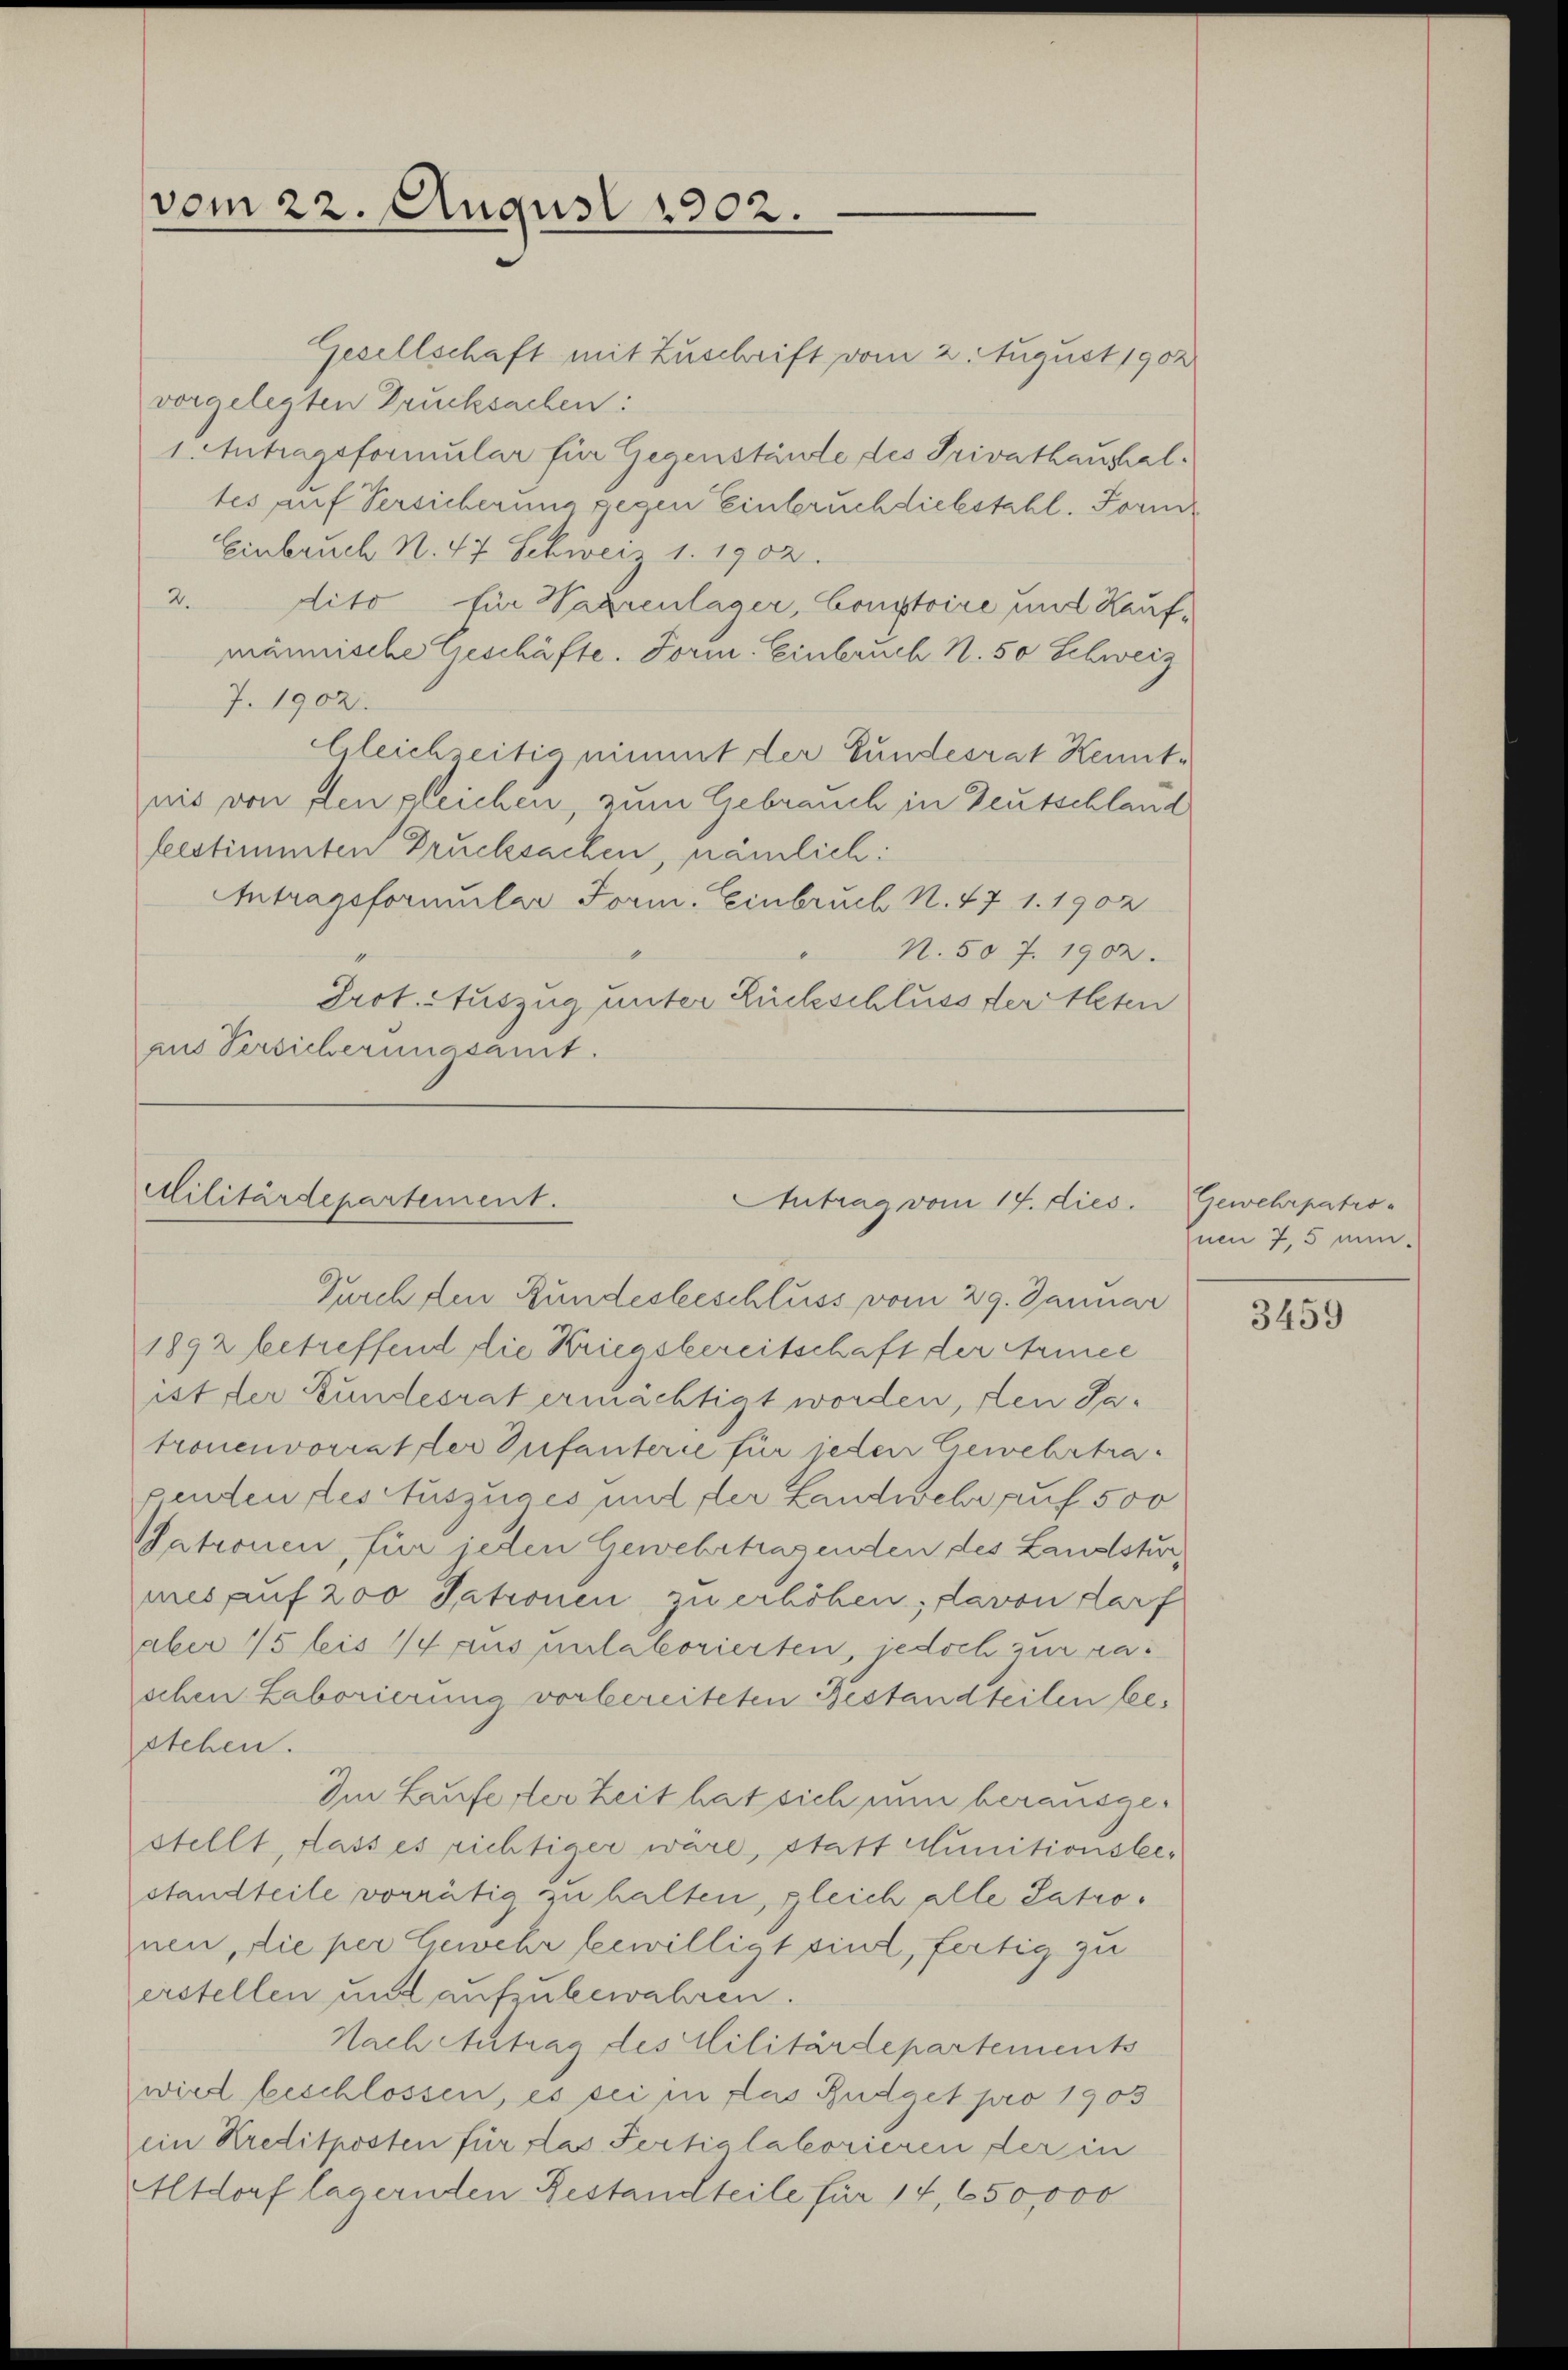
vom 22. August 1902.

Gesellschaft mit Zuschrift vom 2. August 1902
vorgelegten Drucksachen:
1. Antragsformular für Gegenstände des Privathaushaltes auf Versicherung gegen Einbruch diebstahl. Form
Einbruch N. 47 Schweiz 1. 1902.
2.
dito für Sagrenlager, Coustoire und Kaufmännische Geschäfte. Form. Einbruch N. 50 Schweiz
7. 1902.
Gleich eitig nimmt der Bundesrat Kenntnis von den gleichen, zum Gebrauch in Deutschland
festimmten Drucksachen, nämlich:
Antragsformular Form. Einbruch N. 471. 1902
N. 507. 1902.
Prot. Auszug unter Rückschluss der lesen
aus Versicherungsamt.

Militärdepartement.
Antrag vom 14. dies
Durch den Bundesbeschluss vom 29. Januar

1892 betreffend die Kriegsbereitschaft der Armee
ist der Kundesrat ermächtigt worden, den Satronenvorrat der Infanterie für jeden Gewehrtrapenten des Auszuges und der Landwehr auf 500
Patronen, für jeden Gewebertragenden des Landstur
mes auf 200 Patronen zu erhöhen; davon darf
ober 15 bis 14 aus nulatorierten, jedoch zur raschen Laborierung vorbereiteten Bestandteilen bestehen.
Im Lauferster Zeit hat sich nun berausgestellt, dass es richtiger wäre, statt Munitionsbe-
standteile vorrätig zu halten, gleich alle Patronen, die per Gewehr bewilligt sind, fertig zu
erstellen und aufzubewahren.
Nach Antrag des Militärdepartements
wird beschlossen, es sei in das Budget pro 1903
ein Kreditposten für das Fertialatorieren der in
Altdorf lagernden Bestandteile für 14, 650,000

Gewehrpatronen 7,5 mi-

3459